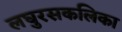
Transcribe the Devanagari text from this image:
लघुरसकलिका